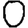
Digit: 0